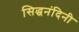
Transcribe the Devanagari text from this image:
सिद्धनंदिनी